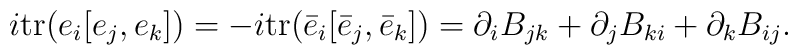
\hskip 15pt i \mbox{tr}(e_i[e_j,e_k])=     -i \mbox{tr}(\bar e_i[\bar e_j,\bar e_k])    =\partial_i B_{jk} + \partial_j B_{ki}                         +\partial_k B_{ij}.